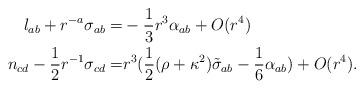
LaTeX: \begin{align*}l_{ab}+r^{-a}\sigma_{ab}=&-\frac{1}{3}r^3\alpha_{ab}+O(r^4)\\n_{cd}-\frac{1}{2} r^{-1}\sigma_{cd}= &r^3( \frac{1}{2}(\rho + \kappa^2)\tilde \sigma_{ab}- \frac{1}{6}\alpha_{ab})+O(r^4).\end{align*}